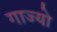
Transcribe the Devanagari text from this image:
गाज्यो